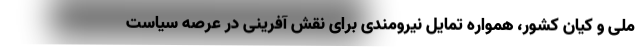
ملی و کیان کشور‌، همواره تمایل نیرومندی برای نقش آفرینی در عرصه سیاست